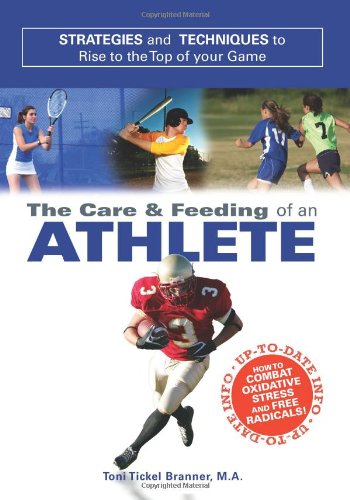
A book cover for Care and Feeding of an Athlete: What You Need to Know to Rise to the Top of Your Game; Toni Branner; Teen & Young Adult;